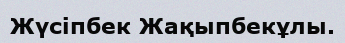
Жүсіпбек Жақыпбекұлы.